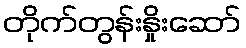
တိုက်တွန်းနှိုးဆော်